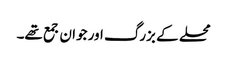
محلے کے بزرگ اور جوان جمع تھے۔